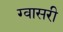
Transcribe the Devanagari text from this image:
ग्वासरी